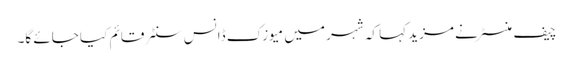
چیف منسٹر نے مزید کہا کہ شہر میں میوزک ڈانس سنٹر قائم کیا جائے گا۔